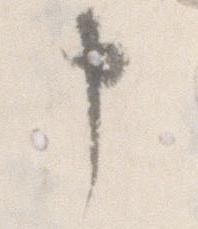
申